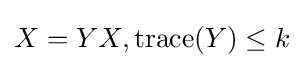
X=YX,{\text{trace}}(Y)\leq k